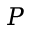
P